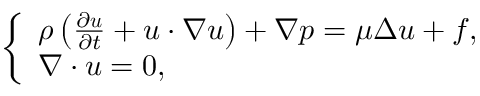
\left\{ \begin{array} { l } { \rho \left( \frac { \partial \boldsymbol { u } } { \partial t } + \boldsymbol { u } \cdot \nabla \boldsymbol { u } \right) + \nabla p = \mu \Delta \boldsymbol { u } + \boldsymbol { f } , } \\ { \nabla \cdot \boldsymbol { u } = 0 , } \end{array} \right.